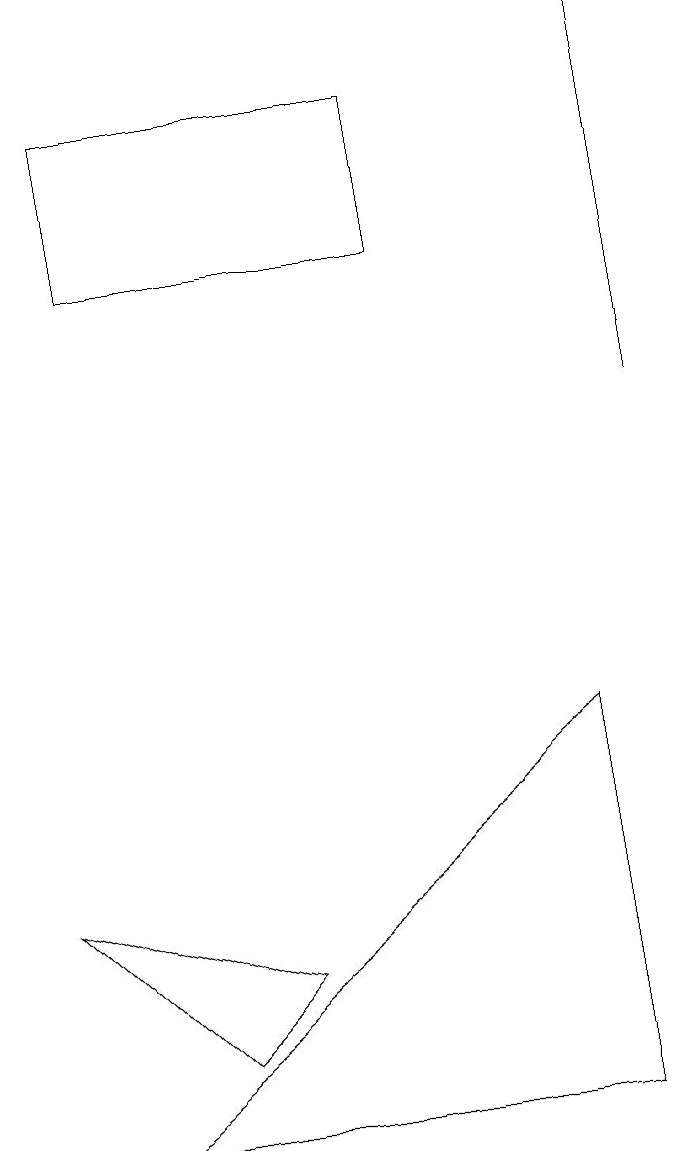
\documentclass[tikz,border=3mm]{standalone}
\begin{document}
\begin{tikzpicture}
\draw (5,15) rectangle (1,13);
\draw (0,5) -- (3,4) -- (2,3) -- cycle;
\draw (8,16) rectangle (8,11);
\draw (1,2) -- (7,2) -- (7,7) -- cycle;
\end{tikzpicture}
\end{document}